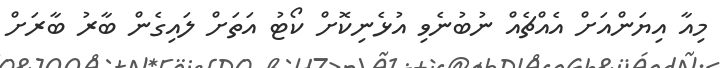
މިއާ އިޔަންއަށް އެއްޗެއް ނުބުނެވި އުޅެނިކޮށް ކޯޓު އަތަށް ލައިގެން ބާރު ބާރަށް